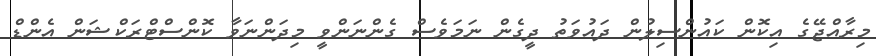
މިރާއްޖޭގެ އިކޮން ކައުންސިލުން ދައުވަތު ދީގެން ނަމަވެސް ގެންނަންވީ މިދަންނަވާ ކޮންސްޓްރަކްޝަން އެންޑް